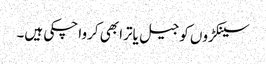
سینکڑوں کو جیل یاترا بھی کروا چکی ہیں۔